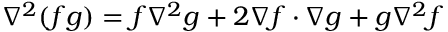
\nabla ^ { 2 } ( f g ) = f \nabla ^ { 2 } g + 2 \nabla f \cdot \nabla g + g \nabla ^ { 2 } f